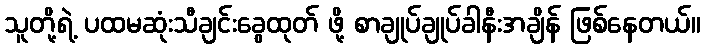
သူတို့ရဲ့ ပထမဆုံးသီချင်းခွေထုတ် ဖို့ စာချုပ်ချုပ်ခါနီးအချိန် ဖြစ်နေတယ်။